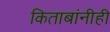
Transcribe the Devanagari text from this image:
किताबांनीही